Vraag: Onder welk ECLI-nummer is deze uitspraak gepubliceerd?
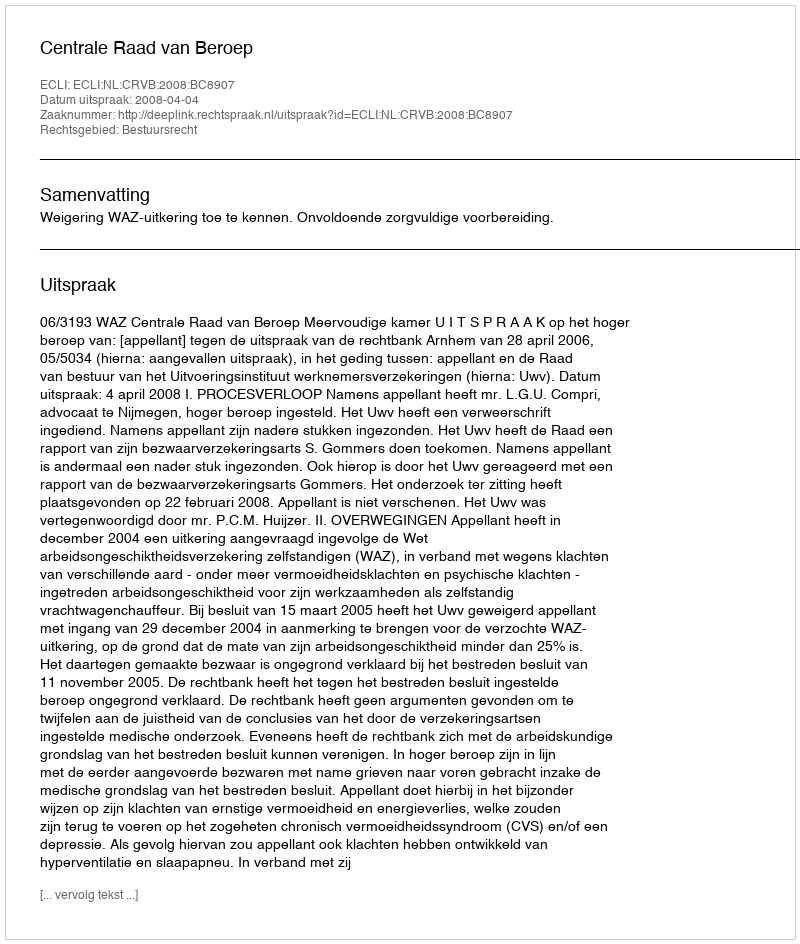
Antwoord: ECLI:NL:CRVB:2008:BC8907